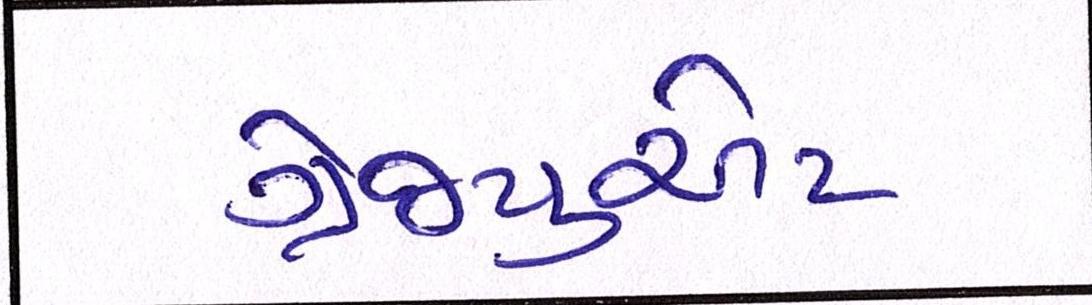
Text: ગ્રેજ્યુએટ